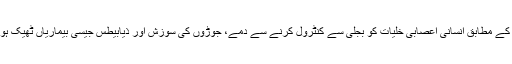
ایک تحقیق کے مطابق انسانی اعصابی خلیات کو بجلی سے کنٹرول کرنے سے دمے، جوڑوں کی سوزش اور ذیابیطس جیسی بیماریاں ٹھیک ہو سکتی ہیں۔